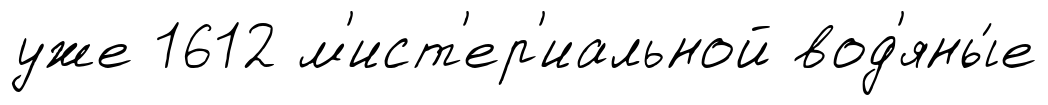
уже 1612 м'ист'ер'иальной вод'яны́е